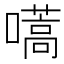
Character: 嚆